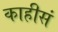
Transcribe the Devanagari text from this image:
काहीसं